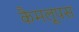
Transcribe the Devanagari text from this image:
कैमलूपस